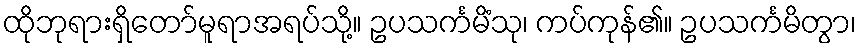
ထိုဘုရားရှိတော်မူရာအရပ်သို့။ ဥပသင်္ကမိံသု၊ ကပ်ကုန်၏။ ဥပသင်္ကမိတွာ၊